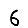
Digit: 6